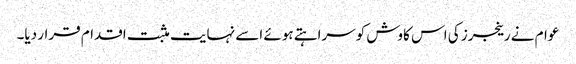
عوام نے رینجرز کی اس کاوش کوسراہتے ہوئے اسے نہایت مثبت اقدام قرار دیا۔